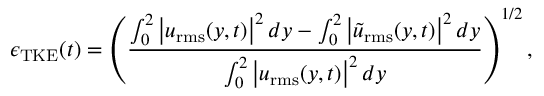
\epsilon _ { \mathrm { T K E } } ( t ) = \left( \frac { \int _ { 0 } ^ { 2 } \left| \boldsymbol { u } _ { \mathrm { r m s } } ( y , t ) \right| ^ { 2 } d y - \int _ { 0 } ^ { 2 } \left| \boldsymbol { \tilde { u } } _ { \mathrm { r m s } } ( y , t ) \right| ^ { 2 } d y } { \int _ { 0 } ^ { 2 } \left| \boldsymbol { u } _ { \mathrm { r m s } } ( y , t ) \right| ^ { 2 } d y } \right) ^ { 1 / 2 } ,